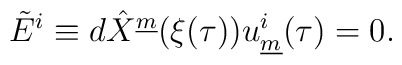
\tilde{E}^{i} \equiv  d\hat{X}^{\underline{m}}(\xi (\tau)) u^{i}_{\underline{m}}(\tau)=0.  \qquad